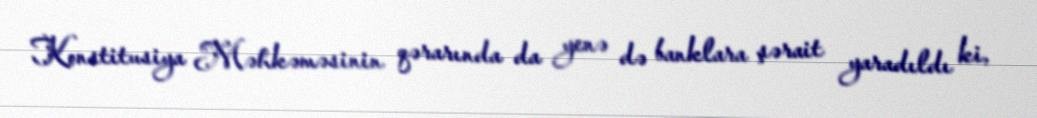
Konstitusiya Məhkəməsinin qərarında da yenə də banklara şərait yaradıldı ki,